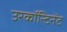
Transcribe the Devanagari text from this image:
उरकॉन्टिनेंट